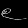
Digit: ၉